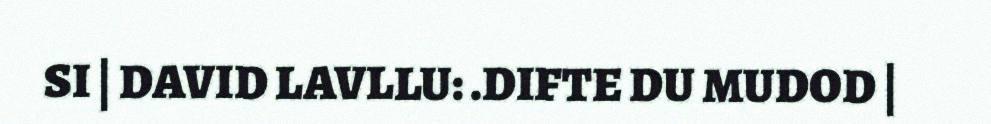
SI | DAVID LAVLLU: .DIFTE DU MUDOD |